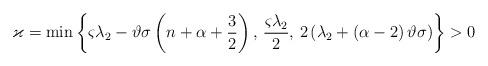
LaTeX: \begin{align*}\varkappa=\min\left\{ \varsigma\lambda_{2}-\vartheta\sigma\left(n+\alpha+\frac{3}{2}\right),\,\frac{\varsigma\lambda_{2}}{2},\,2\left(\lambda_{2}+\left(\alpha-2\right)\vartheta\sigma\right)\right\} >0\end{align*}